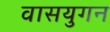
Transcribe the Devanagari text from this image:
वासयुगन